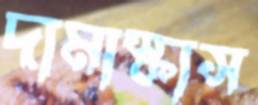
দামাস্কাস